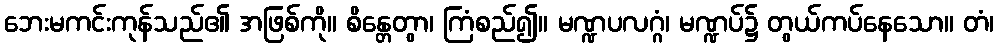
ဘေးမကင်းကုန်သည်၏ အဖြစ်ကို။ စိန္တေတွာ၊ ကြံစည်၍။ မဏ္ဍပလဂ္ဂံ၊ မဏ္ဍပ်၌ တွယ်ကပ်နေသော။ တံ၊